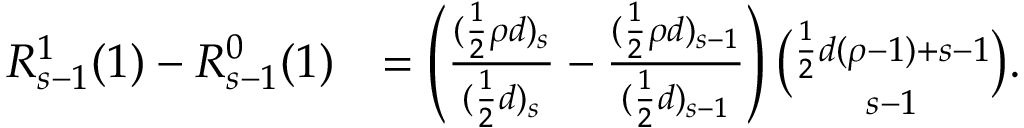
\begin{array} { r l } { R _ { s - 1 } ^ { 1 } ( 1 ) - R _ { s - 1 } ^ { 0 } ( 1 ) } & { = \left( \frac { ( \frac { 1 } { 2 } \rho d ) _ { s } } { ( \frac { 1 } { 2 } d ) _ { s } } - \frac { ( \frac { 1 } { 2 } \rho d ) _ { s - 1 } } { ( \frac { 1 } { 2 } d ) _ { s - 1 } } \right) \binom { \frac { 1 } { 2 } d ( \rho - 1 ) + s - 1 } { s - 1 } . } \end{array}